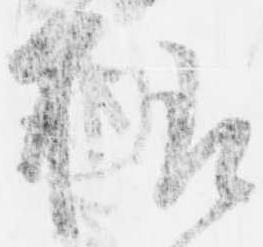
様